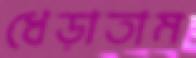
ধেড়াতাম